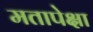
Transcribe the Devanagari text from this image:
मतापेक्षा